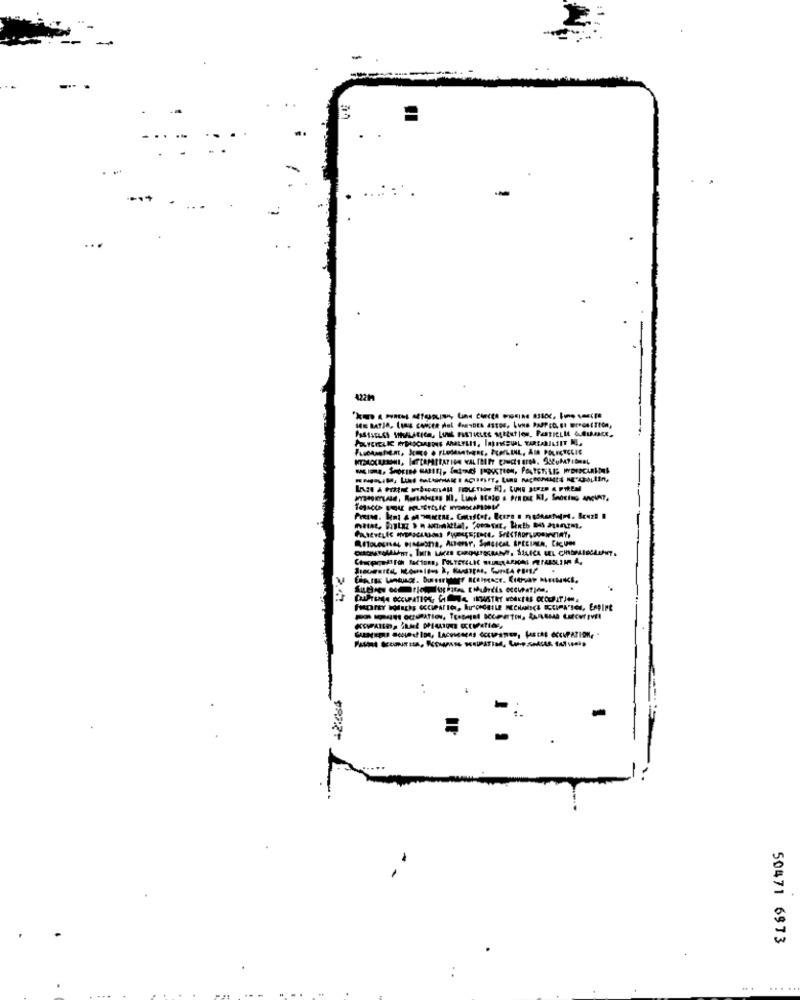
...
4221
50471 6973
:
.....